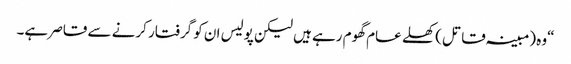
“وہ (مبینہ قاتل) کھلے عام گھوم رہے ہیں لیکن پولیس ان کو گرفتار کرنے سے قاصر ہے۔